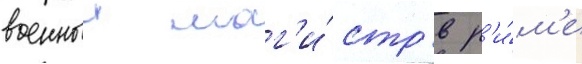
военныи маг'и́стр в р'и́м'е